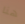
هنا